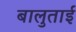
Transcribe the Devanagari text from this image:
बालुताई